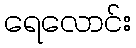
ရေလောင်း